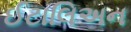
ઈટાલિઅન